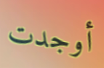
أوجدت